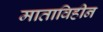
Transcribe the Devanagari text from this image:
माताविहीन